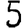
Digit: 5